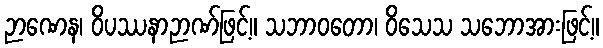
ဉာဏေန၊ ဝိပဿနာဉာဏ်ဖြင့်။ သဘာဝတော၊ ဝိသေသ သဘောအားဖြင့်။